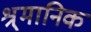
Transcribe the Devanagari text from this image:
श्र्मानिक